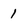
Character: 1